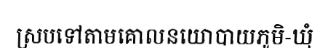
ស្របទៅតាមគោលនយោបាយភូមិ-ឃុំ